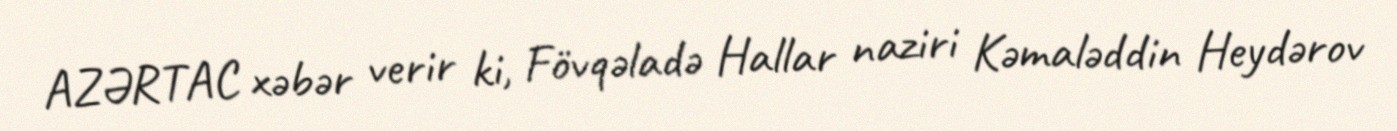
AZƏRTAC xəbər verir ki, Fövqəladə Hallar naziri Kəmaləddin Heydərov